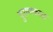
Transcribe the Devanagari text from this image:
पुराणकाळ